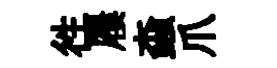
徃屨螙爪